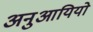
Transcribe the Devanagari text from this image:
अनुआयियो